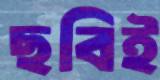
ছবিই